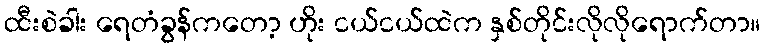
ထီးစဲခါး ရေတံခွန်ကတော့ ဟိုး ငယ်ငယ်ထဲက နှစ်တိုင်းလိုလိုရောက်တာ။